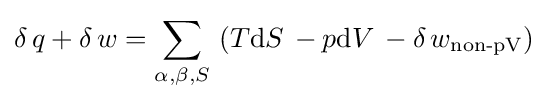
\delta \,q+\delta \,w=\sum _{\alpha ,\beta ,S}\,\left(T\mathrm {d} S\,-p\mathrm {d} V\,-\delta \,w_{\text{non-pV}}\right)